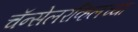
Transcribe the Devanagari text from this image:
चॅन्सेलरव्हिलच्या